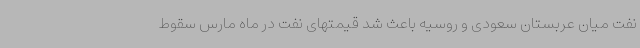
نفت میان عربستان سعودی و روسیه باعث شد قیمتهای نفت در ماه مارس سقوط